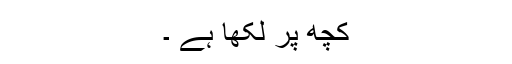
کچھ پر لکھا ہے ۔